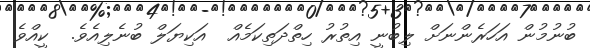
ބުނުމުން އަހަރެންނަށް ލިބުނީ އިތުރު ހިތްދަތިކަމެއް  އަކިޔަލް ބުނެލިއެވެ.  ކީއްވެ